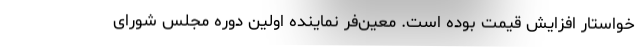
خواستار افزایش قیمت بوده است. معین‌فر نماینده اولین دوره مجلس شورای